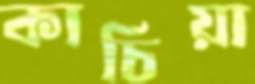
কাচিয়া